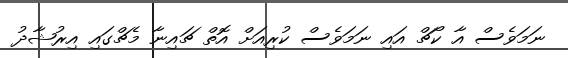
ނަމަވެސް އާ ކޯޗް އައި ނަމަވެސް ކުރިއަށް އޮތް ޗައިނާ މެޗްގައި އިރުޝާދު